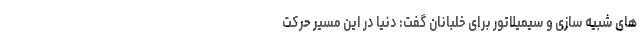
های شبیه سازی و سیمیلاتور برای خلبانان گفت: دنیا در این مسیر حرکت